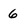
Character: 6